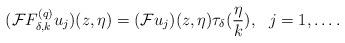
LaTeX: \begin{align*}(\mathcal{F}F^{(q)}_{\delta,k}u_j)(z,\eta)=(\mathcal{F}u_j)(z,\eta)\tau_\delta(\frac{\eta}{k}),\ \ j=1,\ldots.\end{align*}